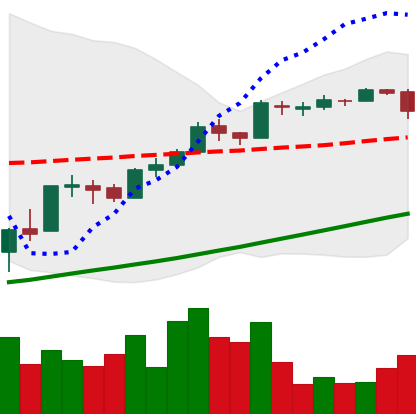
Ticker: BTC-USD
Chart end date: 2017-04-13
Forward return: 3.625%
Label: up_3_5